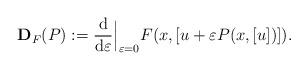
LaTeX: \begin{align*} \bold{D}_F(P):=\frac{\operatorname{d}}{\operatorname{d}\!\varepsilon}\Big|_{\varepsilon=0}F(x,[u+\varepsilon P(x,[u])]). \end{align*}